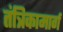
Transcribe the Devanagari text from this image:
तंत्रिकामार्ग